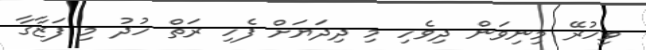
ވިހުރޭ މިނިވަން ދިވެހި މި ދިދަޔަށް ފެހި ރަތް ހުދު މި ފަޒާގާ